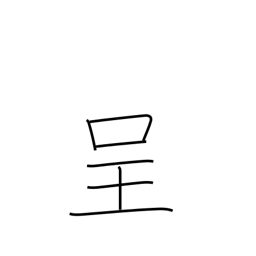
Meaning: present